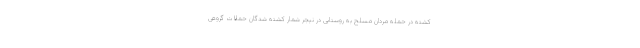
کشته در حمله مردان مسلح به روستایی در نیجر شمار کشته شدگان حملات گروهی